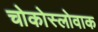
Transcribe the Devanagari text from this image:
चोकोस्लोवाक